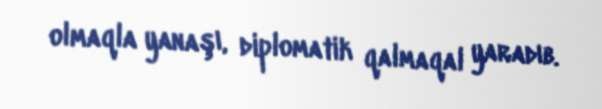
olmaqla yanaşı, diplomatik qalmaqal yaradıb.